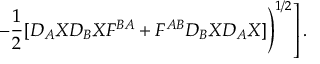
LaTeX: \left. \left. - \frac { 1 } { 2 } [ D _ { A } X D _ { B } X F ^ { B A } + F ^ { A B } D _ { B } X D _ { A } X ] \right) ^ { 1 / 2 } \right] .